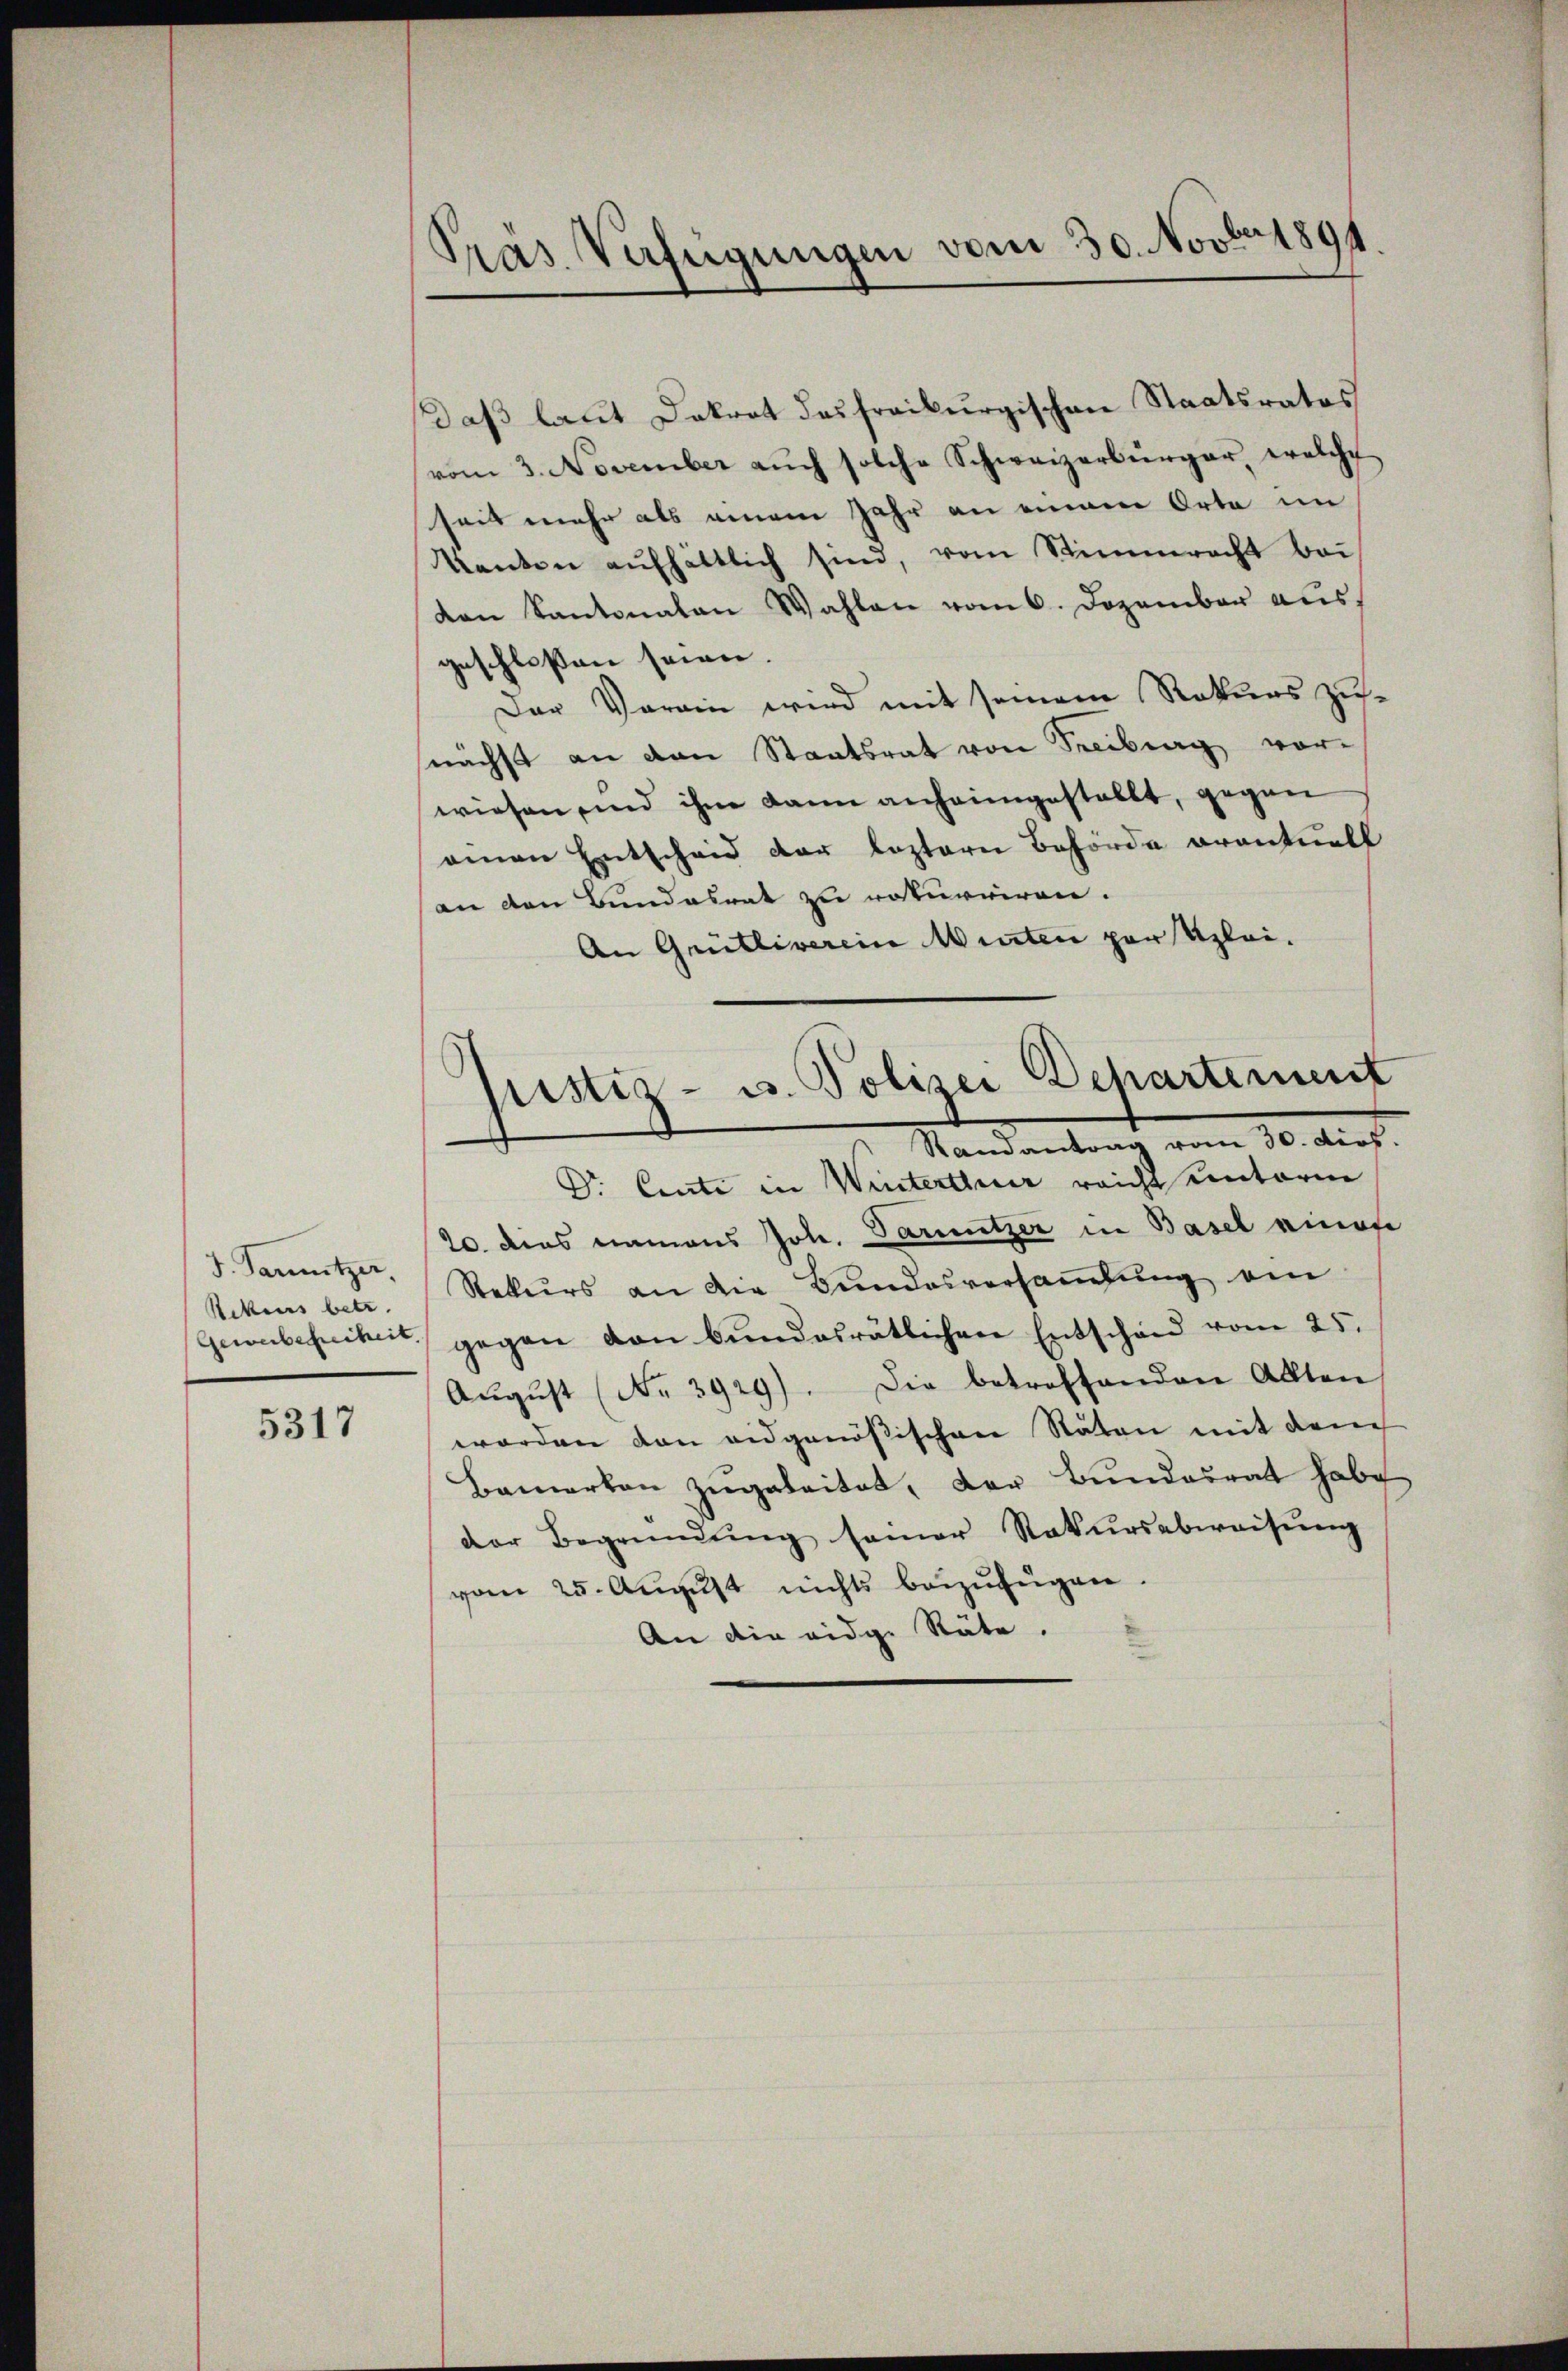
F. Sanitzer,
Rekens betr.

5317

Pras Verfügungen vom 30. Novbr. 1891.

Daß laut Dekret das freiburgischen Staatsrates
vom 3. November aŭch solche Schweizerbürger, welche
seit mehr als einem Jahr an einem Orte im
kanton aŭfhältlich sind, vom Stimmrecht bei
den Kantonalen Wahlen vom 6. Dezember aus
geschlossen seien.
Der Vorain wird mit seinem Rekurs zu-
nächst an den Staatsrat von Freiburg vorwiesen sind ihm dann anheimgestellt, gegen
einen Entscheid der leztern Behörde eventuell
an den Bundesrat zu raturriren.
An Grütliverein Winten par Kleilistis- u. Polizei Departement
¬
Randantrag vom 30. dies.
Dr. Cente in Winterthur reicht unterm
20. dies niemans Joh. Tarnutzer in Basel eines
Rekurs an die Bundesversaṁlŭng ein
Gewerbeseiheit gegen von bŭndesrätlichen Entschand vom 25.
Aŭgŭst (No. 3929). Die betreffenden Allten,
worden den eidgenößischen Stäten mit dem
Bemerken zugeleitet, der Bundesrat habe
der Begründŭng seiner Rekŭrsabweisŭng
vom 25. August nichts beizufügen.
An die eidg. Räte.